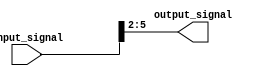
module bit_select_assign (
    input [7:0] input_signal,
    output reg [3:0] output_signal
);

always @* begin
    output_signal = input_signal[2:5]; // Extract bits 2 to 5 from the input signal and assign to output signal
end

endmodule